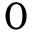
0